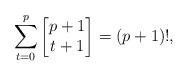
LaTeX: \begin{align*}\sum_{t=0}^{p} \begin{bmatrix} p+1 \\ t+1 \end{bmatrix} = (p+1)!,\end{align*}